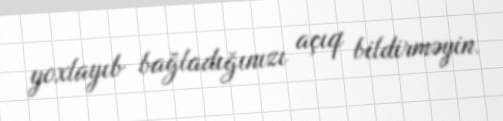
yoxlayıb bağladığınızı açıq bildirməyin.